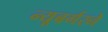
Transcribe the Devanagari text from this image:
न्यूबर्गरने